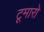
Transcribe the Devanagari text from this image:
टूमारो